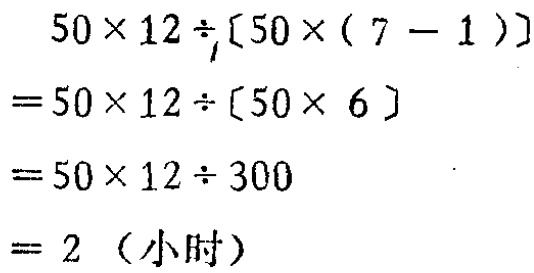
\[

\begin{align*}

&50\times12\div[50\times(7 - 1)]\\

=&50\times12\div[50\times 6]\\

=&50\times12\div300\\

=&50\times12\div300\\

=& 2 \text{（小时）}

\end{align*}

\]